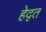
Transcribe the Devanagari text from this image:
हेद्त